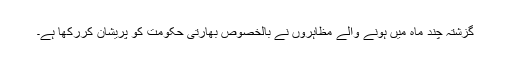
گزشتہ چند ماہ میں ہونے والے مظاہروں نے بالخصوص بھارتی حکومت کو پریشان کررکھا ہے۔